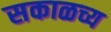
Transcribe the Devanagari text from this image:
सकाळच्य